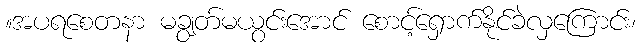
။အပရစေတနာ မချွတ်မယွင်းအောင် စောင့်ရှောက်နိုင်ခဲလှကြောင်း၊